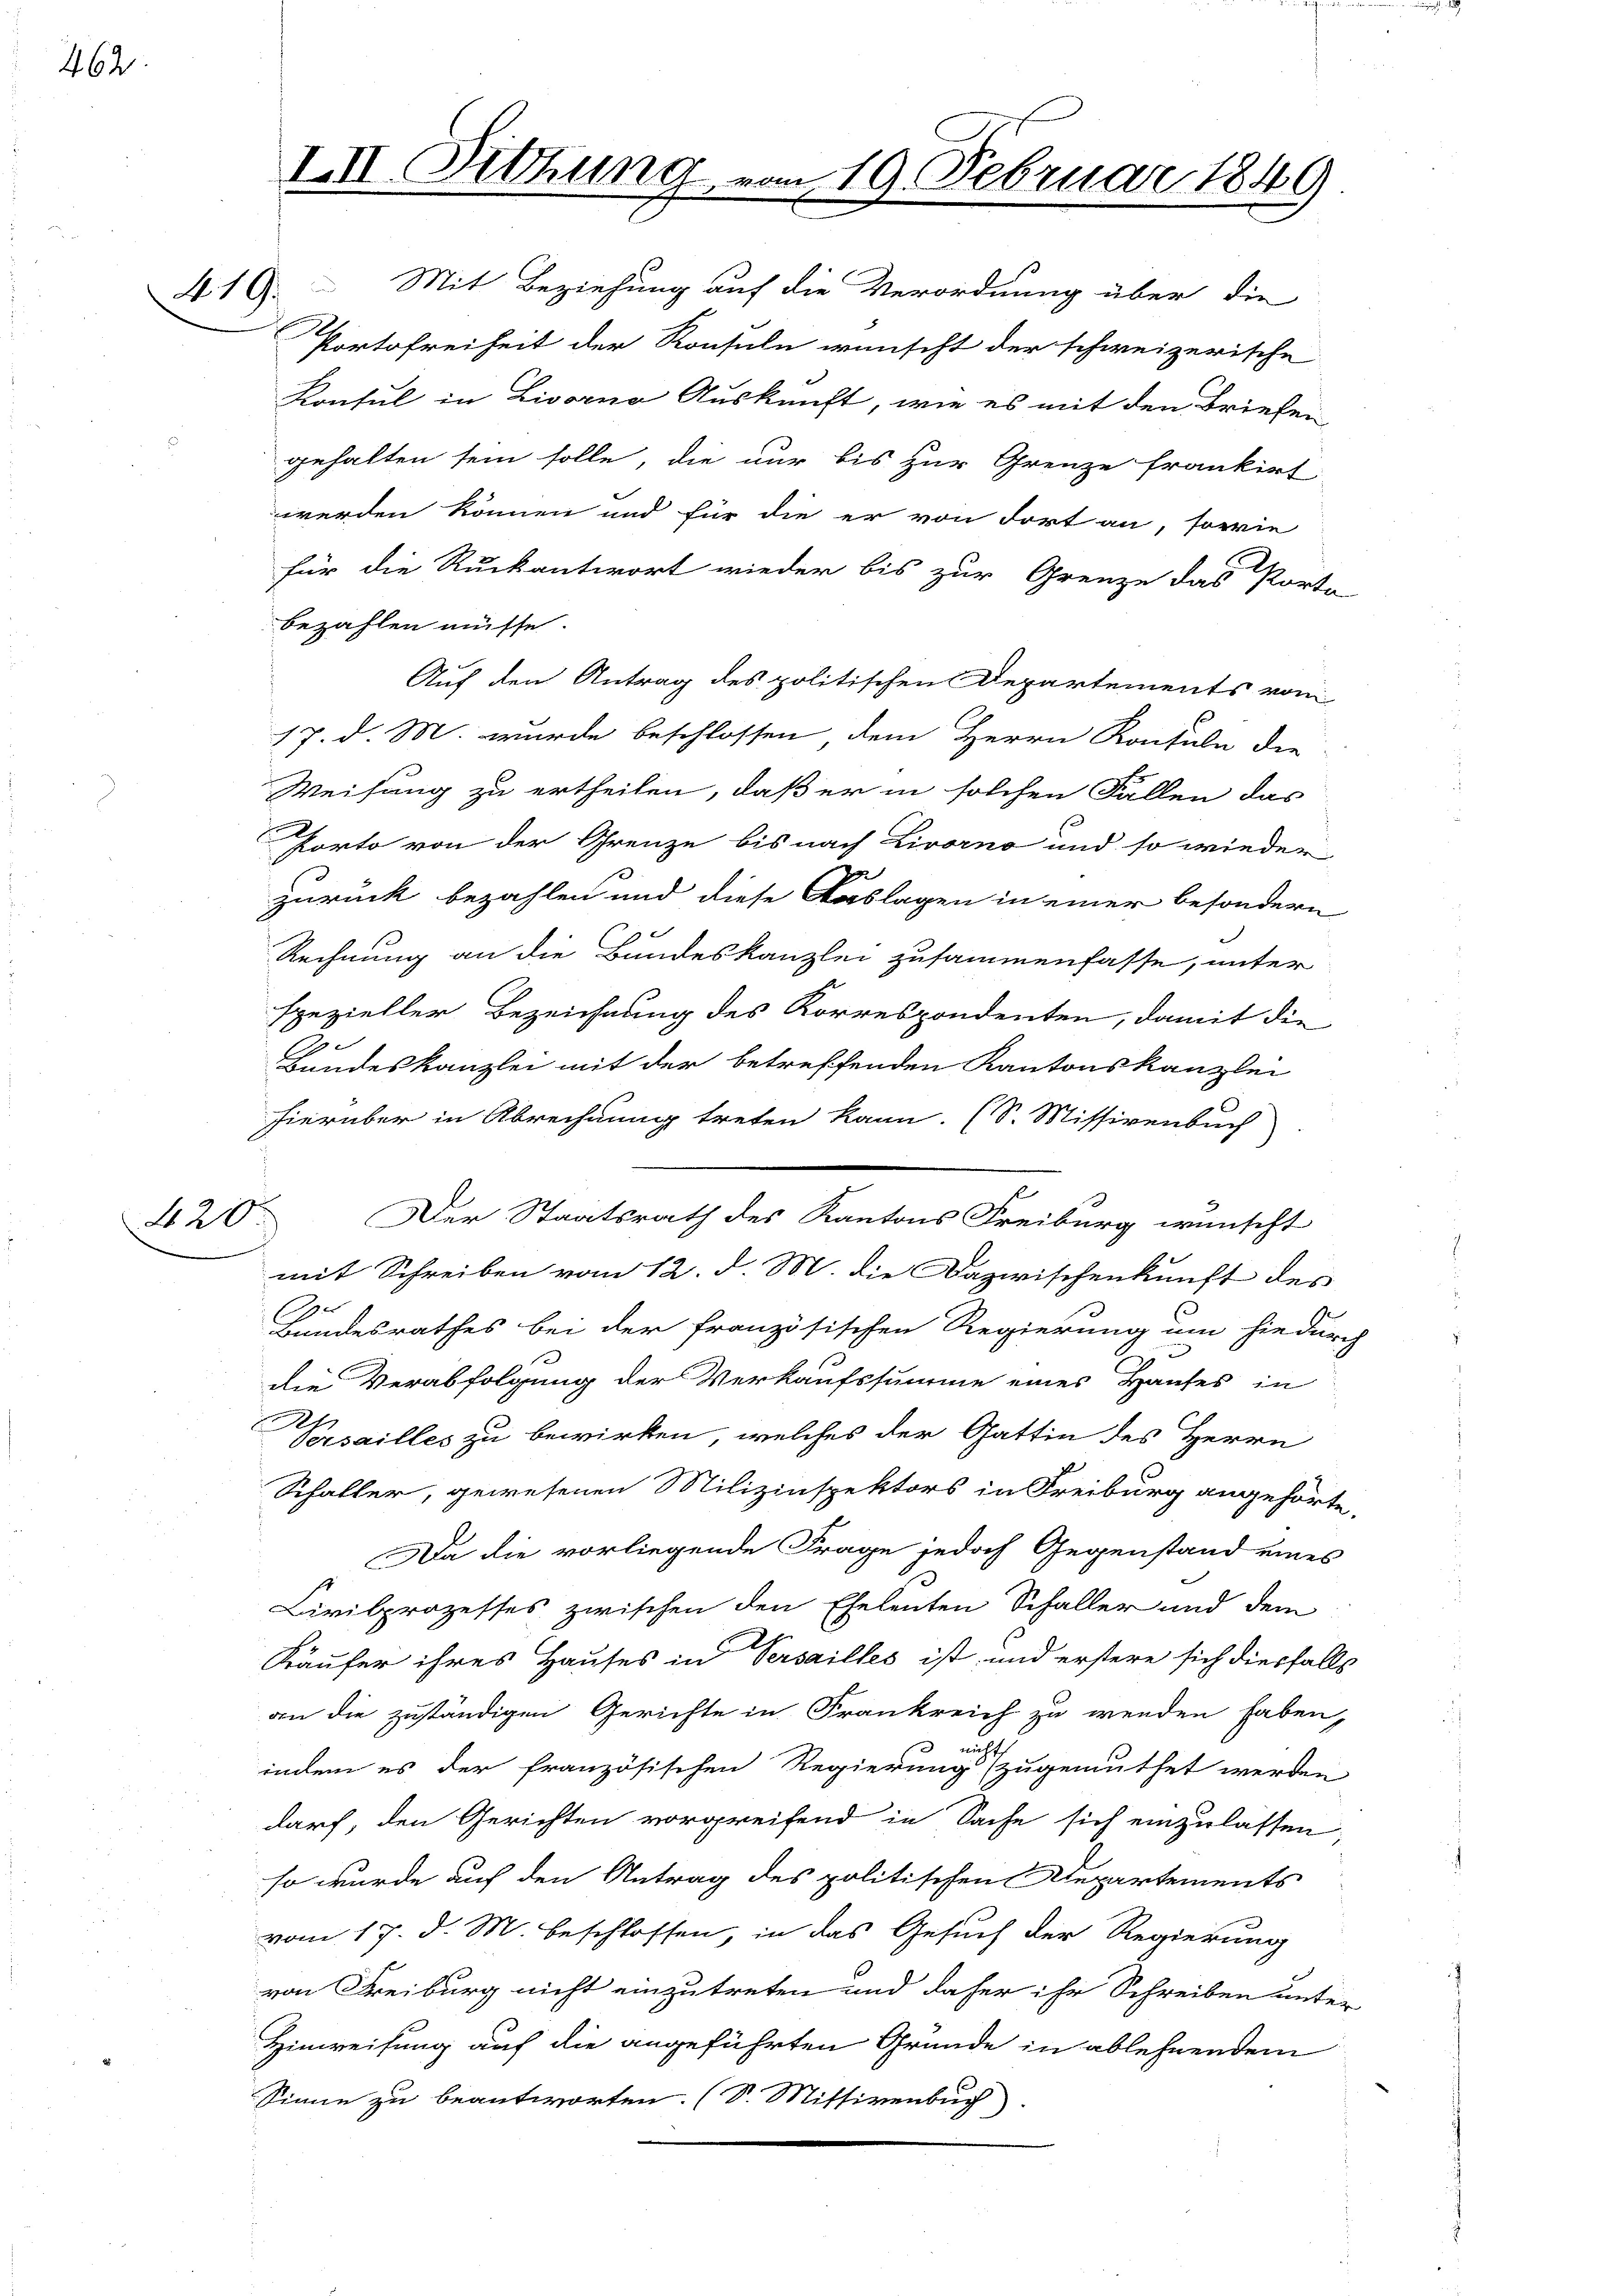
462

420.

419.

III. Sitzung vom 19. Februar 1849

werden können und für die er von dort an, sowie
für die Rückantwort wieder bis zur Grenze das Porta-
bezahlen müsse.
Auf den Antrag des politischen Departements vom
17. d. M. wurde beschlossen dem Herrn Konsuln die
Weisung zu ertheilen, daß er in solchen Fällen das
Porto von der Grenze bis nach Livorno und so wieder
.
zurück bezahlen und diese Auslagen in einer besondern
x
Rechnung an die Bundeskanzlei zusammenfasse, unter
spezieller Bezeichnung des Korrespondenten, damit die
Bundeskanzlei mit der betreffenden Kantonskanzlei
hierüber in Abrechnung treten kann. (S. Missivenbuch
l
Der Staatsrath des Kantons Freiburg wünscht
mit Schreiben vom 12. d. M. die Dazwischenkunft des
e
Bundesrathes bei der französischen Regierung um hiedurch
die Verabfolgung der Verkaufssumme eines Hauses in
Psailles zu bewirken, welches der Gattin des Herrn
Schaller, gewesenen Milizinspektors in Freiburg angehörte
Da die vorliegende Frage jedoch Gegenstand eines
Civilprozesses zwischen den Eheleuten Schaller und dem
Käufer ihres Hauses in Versailles ist, und erstere sich diesfalls
an die zuständigen Gerichte in Frankreich zu werden haben,
 nicht
indem es der französischen Regierung zugemuthet werden
darf, den Gerichten vorgreifend in Sache sich einzulassen
so wurde auf den Antrag des politischen Departements
vom 17. d. M. beschlossen, in das Gesuch der Regierung
von Freiburg nicht einzutreten und daher ihr Schreiben unter
Hinweisung auf die angeführten Gründe in ablehnendem
Sinne zu beantworten. (S. Missivenbuch)

Mit Beziehung auf die Verordnung aber die
Portofreiheit der Konsuln wünscht der schweizerische
Konsul in Livorno Auskunft, wie es mit den Briefen
gehalten sein solle, die nur bis zur Grenze frankirt